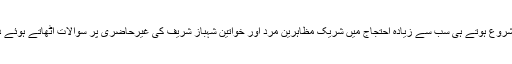
تاہم احتجاج شروع ہوتے ہی سب سے زیادہ احتجاج میں شریک مظاہرین مرد اور خواتین شہباز شریف کی غیرحاضری پر سوالات اُٹھاتے ہوئے دکھائی دیے۔